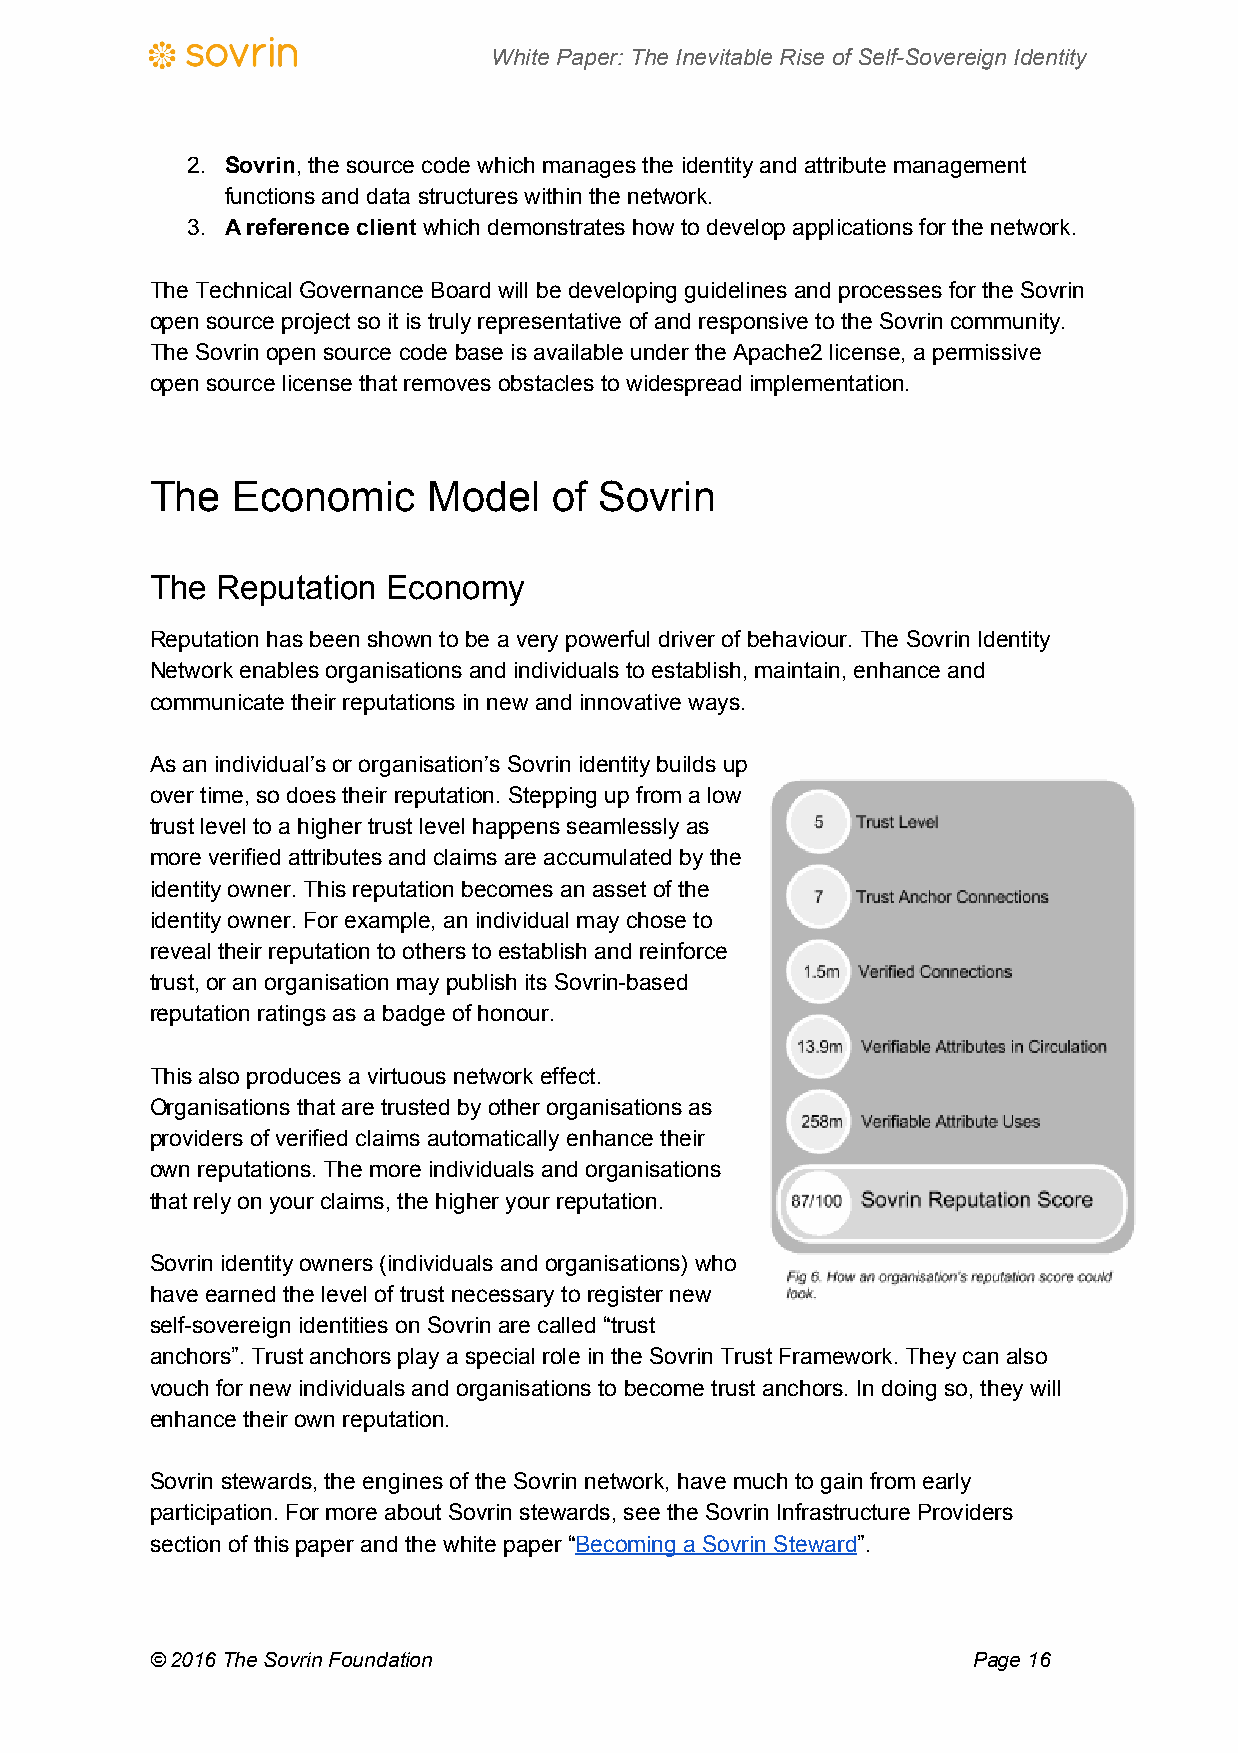
White Paper: The Inevitable Rise of Self-Sovereign Identity
 2. Sovrin, the source code which manages the identity and attribute management
 ​
 functions and data structures within the network.
 3. A reference client which demonstrates how to develop applications for the network.
 ​
 The Technical Governance Board will be developing guidelines and processes for the Sovrin
 open source project so it is truly representative of and responsive to the Sovrin community.
 The Sovrin open source code base is available under the Apache2 license, a permissive
 open source license that removes obstacles to widespread implementation.
 The  Economic     Model    of Sovrin
 The Reputation  Economy
 Reputation has been shown to be a very powerful driver of behaviour. The Sovrin Identity
 Network enables organisations and individuals to establish, maintain, enhance and
 communicate their reputations in new and innovative ways.
 As an individual’s or organisation’s Sovrin identity builds up
 over time, so does their reputation. Stepping up from a low
 trust level to a higher trust level happens seamlessly as
 more verified attributes and claims are accumulated by the
 identity owner. This reputation becomes an asset of the
 identity owner. For example, an individual may chose to
 reveal their reputation to others to establish and reinforce
 trust, or an organisation may publish its Sovrin-based
 reputation ratings as a badge of honour.
 This also produces a virtuous network effect.
 Organisations that are trusted by other organisations as
 providers of verified claims automatically enhance their
 own reputations. The more individuals and organisations
 that rely on your claims, the higher your reputation.
 Sovrin identity owners (individuals and organisations) who
 have earned the level of trust necessary to register new
 self-sovereign identities on Sovrin are called “trust
 anchors”. Trust anchors play a special role in the Sovrin Trust Framework. They can also
 vouch for new individuals and organisations to become trust anchors. In doing so, they will
 enhance their own reputation.
 Sovrin stewards, the engines of the Sovrin network, have much to gain from early
 participation. For more about Sovrin stewards, see the Sovrin Infrastructure Providers
 section of this paper and the white paper “Becoming a Sovrin Steward”.
 ​                  ​
 © 2016 The Sovrin Foundation                          Page 16